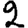
Digit: 2